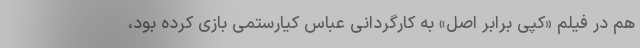
هم در فیلم «کپی برابر اصل» به کارگردانی عباس کیارستمی بازی کرده بود،